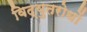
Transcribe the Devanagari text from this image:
विद्युतरोधों